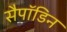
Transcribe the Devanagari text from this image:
सैपॉडिन